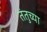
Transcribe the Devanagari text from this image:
तंतुच्या